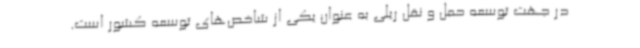
در جهت توسعه حمل و نقل ریلی به عنوان یکی از شاخص‌های توسعه کشور است.